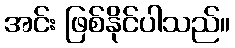
အင်း ဖြစ်နိုင်ပါသည်။